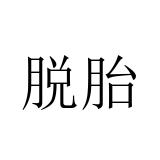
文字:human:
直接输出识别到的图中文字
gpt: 脱胎